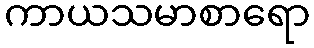
ကာယသမာစာရော